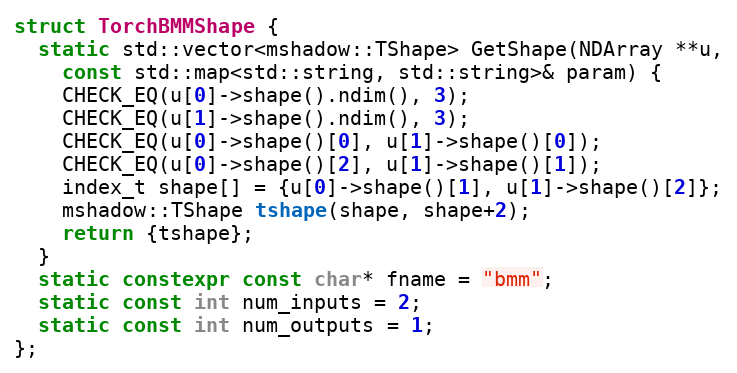
Language: C++
struct TorchBMMShape {
  static std::vector<mshadow::TShape> GetShape(NDArray **u,
    const std::map<std::string, std::string>& param) {
    CHECK_EQ(u[0]->shape().ndim(), 3);
    CHECK_EQ(u[1]->shape().ndim(), 3);
    CHECK_EQ(u[0]->shape()[0], u[1]->shape()[0]);
    CHECK_EQ(u[0]->shape()[2], u[1]->shape()[1]);
    index_t shape[] = {u[0]->shape()[1], u[1]->shape()[2]};
    mshadow::TShape tshape(shape, shape+2);
    return {tshape};
  }
  static constexpr const char* fname = "bmm";
  static const int num_inputs = 2;
  static const int num_outputs = 1;
};